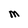
Character: M